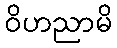
ဝိဟညာမိ